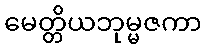
မေတ္တိယဘုမ္မဇကာ